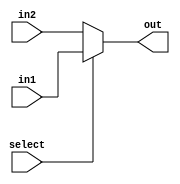
`timescale 1ns / 1ps
//////////////////////////////////////////////////////////////////////////////////
// Company: 
// Engineer: 
// 
// Design Name: 
// Module Name: mux
// Project Name: 
// Target Devices: 
// Tool Versions: 
// Description: 
// 
// Dependencies: 
// 
// Revision:
// Revision 0.01 - File Created
// Additional Comments:
// 
//////////////////////////////////////////////////////////////////////////////////


module mux(
input select, input [15:0] in1, in2, output [15:0] out
    );
    assign out= select? in1:in2;
endmodule